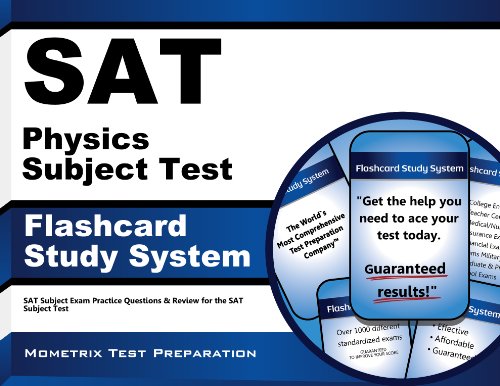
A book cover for SAT Physics Subject Test Flashcard Study System: SAT Subject Exam Practice Questions & Review for the SAT Subject Test (Cards); SAT Subject Exam Secrets Test Prep Team; Test Preparation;